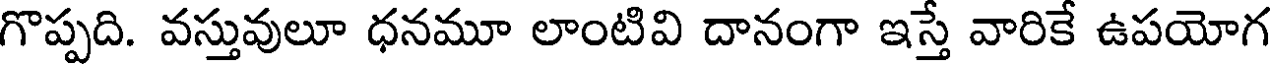
గొప్పది. వస్తువులూ ధనమూ లాంటివి దానంగా ఇస్తే వారికే ఉపయోగ